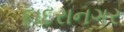
દાદરાનગર